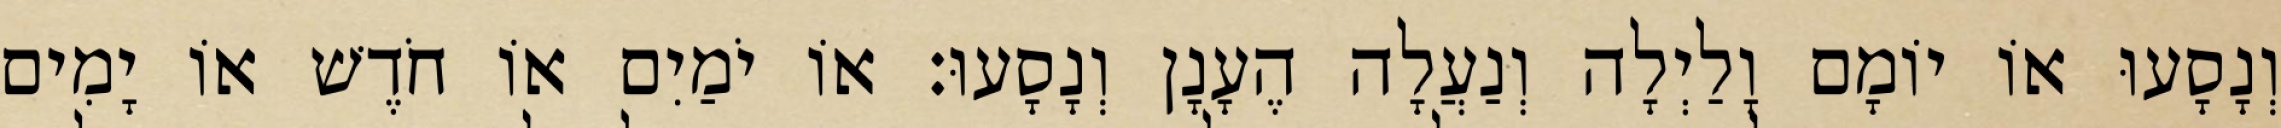
וְנָסָעוּ אוֹ יוֹמָם וָלַיְלָה וְנַעֲלָה הֶעָנָן וְנָסָעוּ׃ אוֹ יֹמַיִם אוֹ חֹדֶשׁ אוֹ יָמִים